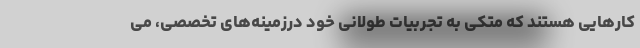
کارهایی هستند که متکی به تجربیات طولانی خود درزمینه‌های تخصصی، می